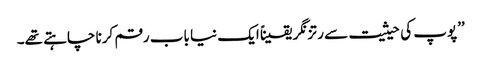
’’پوپ کی حیثیت سے رتزنگر یقیناً ایک نیا باب رقم کرنا چاہتے تھے۔